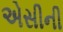
એસીની